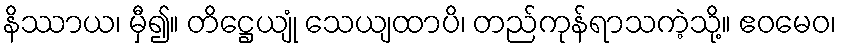
နိဿာယ၊ မှီ၍။ တိဋ္ဌေယျုံ သေယျထာပိ၊ တည်ကုန်ရာသကဲ့သို့။ ဧဝမေဝ၊